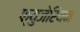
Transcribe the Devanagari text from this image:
फ्युजेरियम